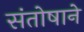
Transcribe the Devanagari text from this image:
संतोषाने